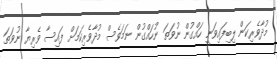
މުދާވެރިކަން ލިބިފައިވަނީ ހައްގުން ނުވަތަ ނުހައްގުން ނަމަވެސް މުދާވެރިކަމަށް ފައިސާ ވެރިޔާ ނުވަތަ